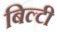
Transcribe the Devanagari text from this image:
बिल्टी